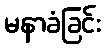
မနာခံခြင်း